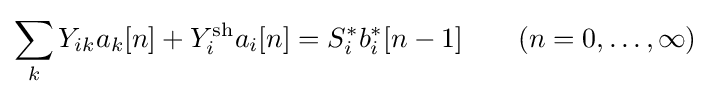
\sum _{k}Y_{ik}a_{k}[n]+Y_{i}^{\text{sh}}a_{i}[n]=S_{i}^{*}b_{i}^{*}[n-1]\qquad (n=0,\ldots ,\infty )